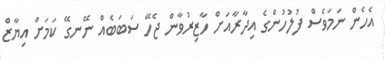
އެހެން ނަމަވެސް ފުލުހުންގެ އިދާރާއަށް ހާޒިރުވާން ޖެހޭ ސަބަބެއް ނޭނގޭ ކަމަށް އިޔާޒް